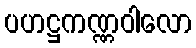
ပဟဋ္ဌကဏ္ဏဝါလော